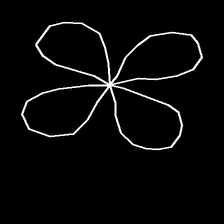
Glyph: billowing